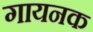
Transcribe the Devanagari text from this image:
गायनक